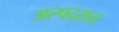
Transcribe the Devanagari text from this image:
अल्पदरात